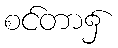
စင်တာ၌